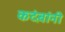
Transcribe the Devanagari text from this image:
कदंबांनी